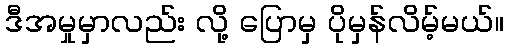
ဒီအမှုမှာလည်း လို့ ပြောမှ ပိုမှန်လိမ့်မယ်။